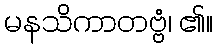
မနသိကာတဗ္ဗံ၊ ၏။